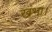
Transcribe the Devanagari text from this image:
खंभा।